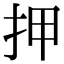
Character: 押